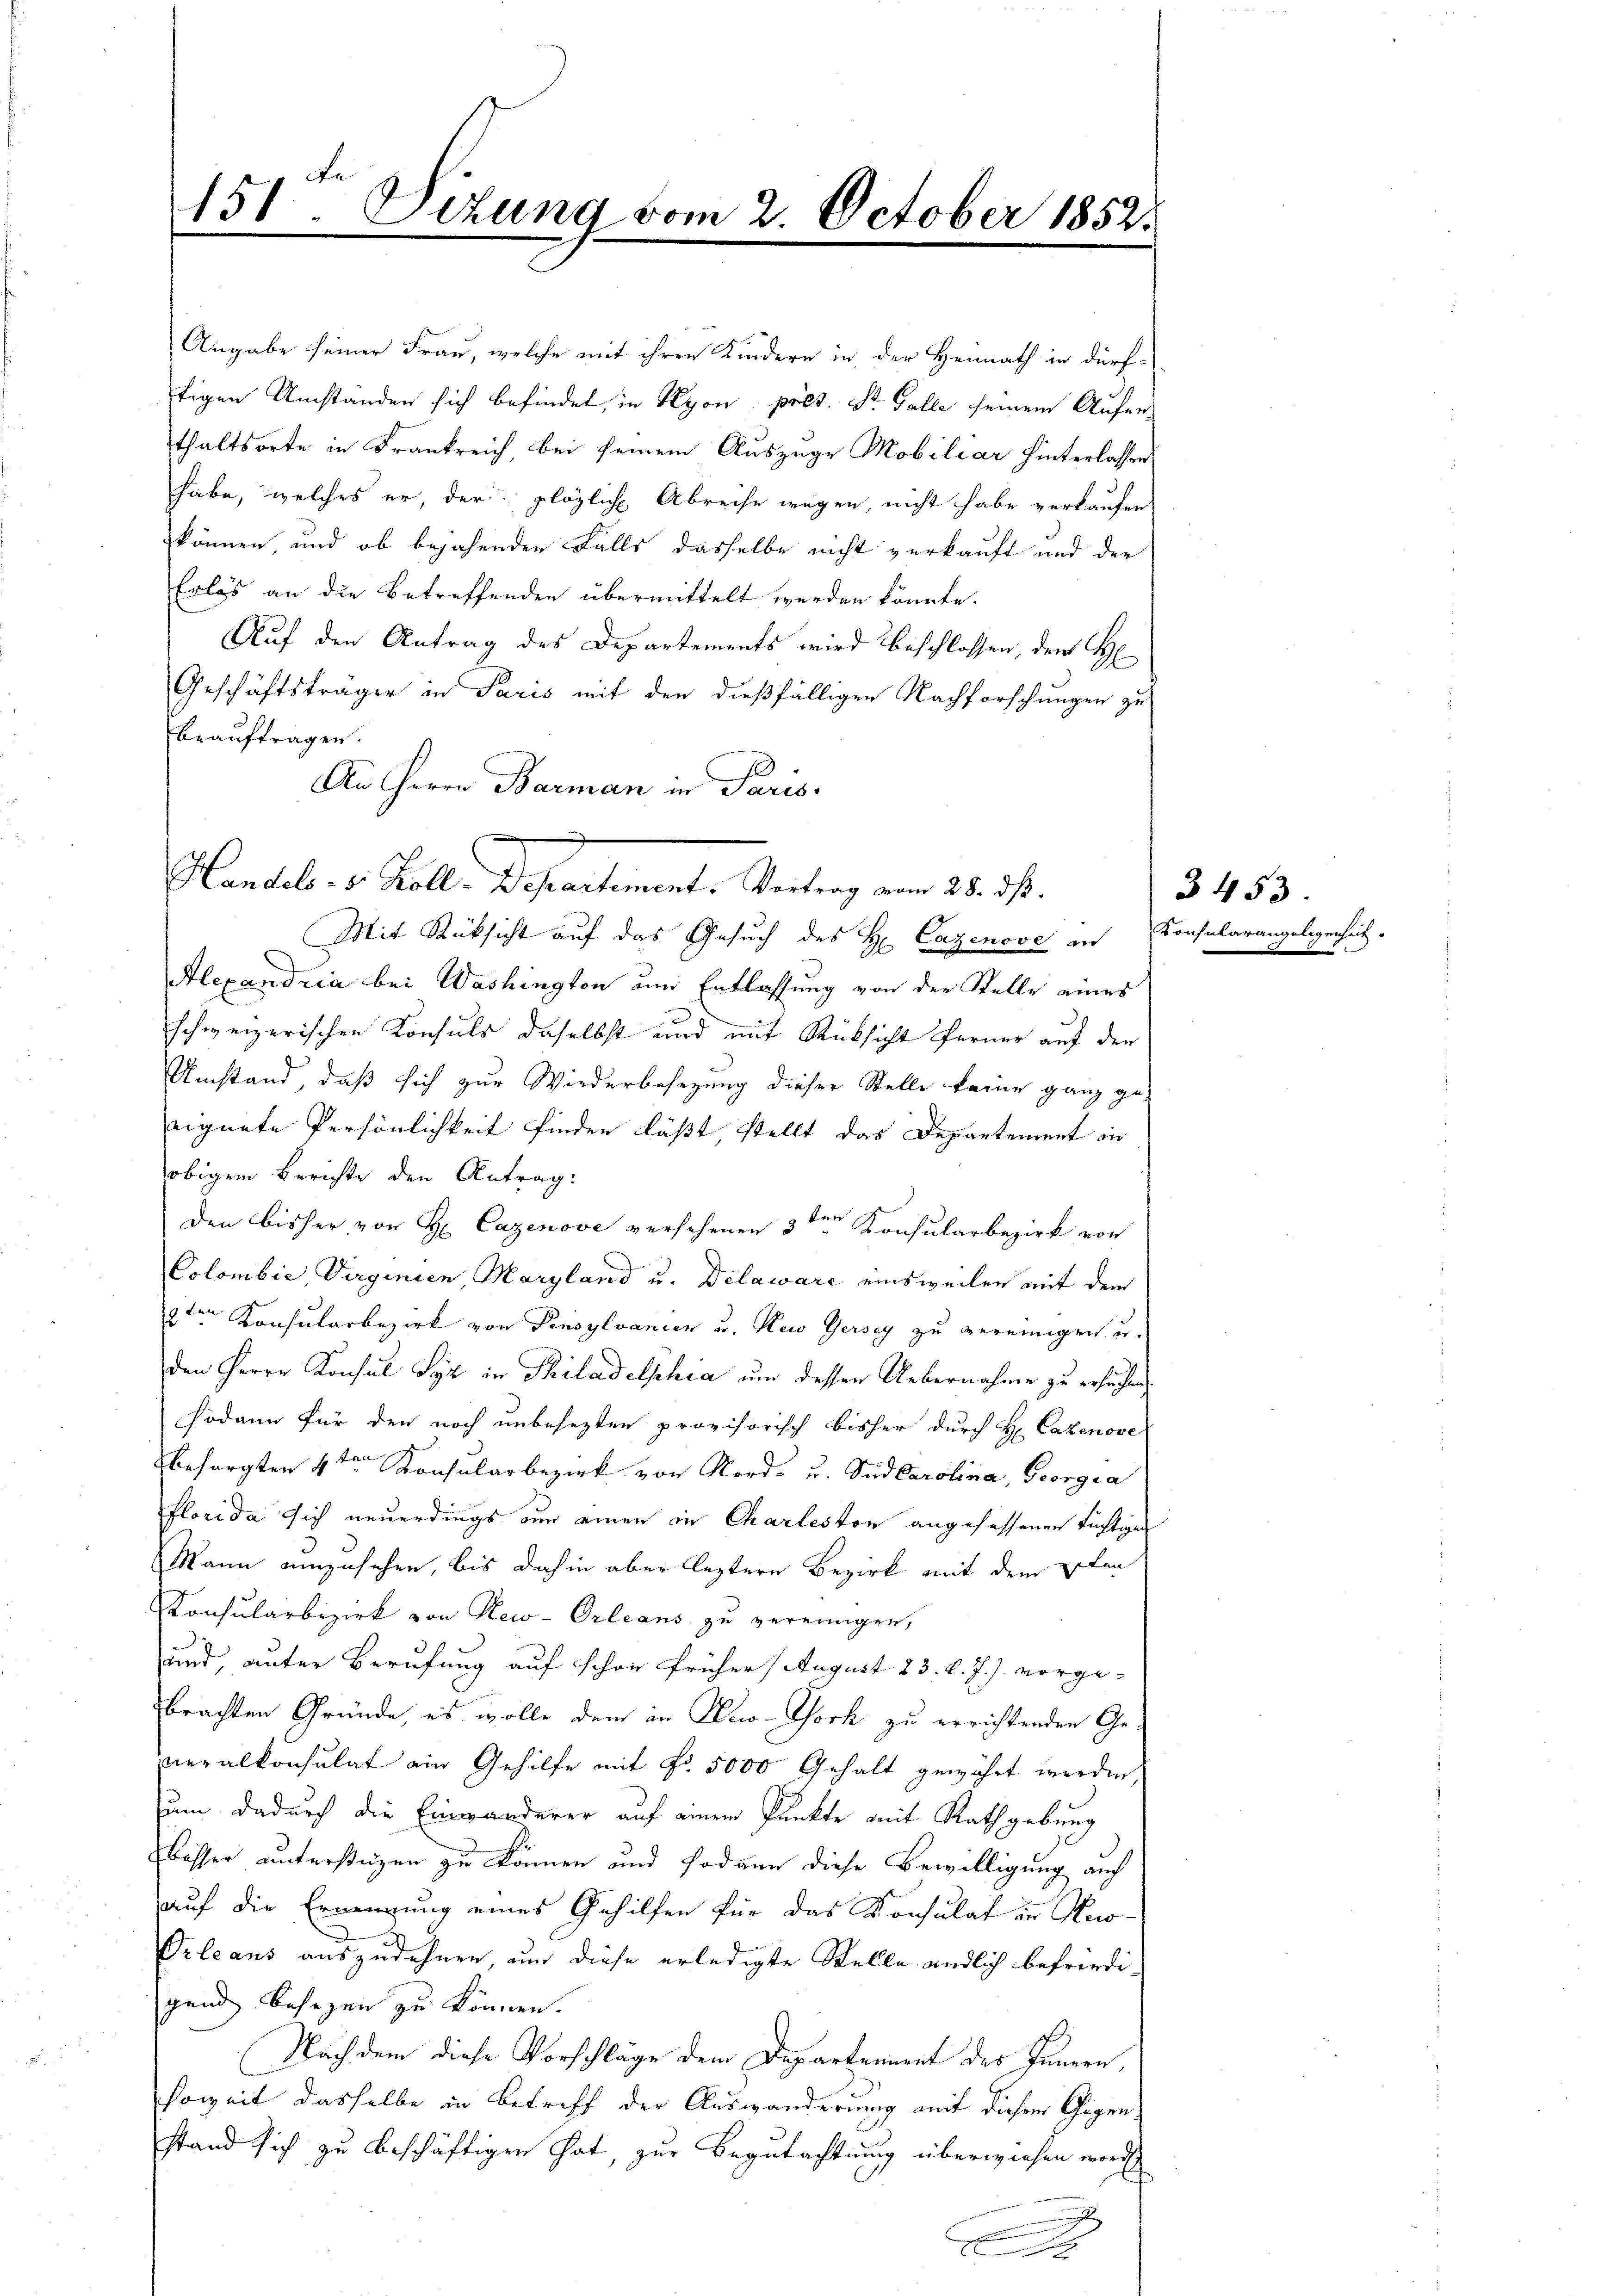
151. Sitzung vom 2. October 1852.

habe, welches er, der plötzliche Abreise wegen, nicht habe verkaufen
können und ob bejahenden Falls dasselbe nicht verkauft und der
Erlös an die betreffenden übermittelt werden könnte.
Auf den Antrag des Departements wird beschlossen, den H
Geschäftsträger in Paris mit den dießfälligen Nachforschungen zu
beauftragen.
An Herrn Barman in Paris

Handel v. Kolle. Departemente Vertrag vom 28. ds.

Angabe seiner Frau, welche mit ihren Kindern in der Heimath in dürf-
tigen Umstanden sich befindet, in Lyon pres. St. Galle seinem Auferthaltsorte in Frankreich, bei seinem Auszuge Mobiliar hinterlassen

Mit Rücksicht auf das Gesuch des H. Cazenove in Consularangelegensich
Alexandria bei Washington um Entlassung von der Stelle eines
schweizerischen Konsuls daselbst und mit Rücksicht ferner auf den
Umstand, daß sich zur Wiederbesezung dieser Stelle keine ganz geeignete Persönlichkeit finden lässt, stellt das Departement in
obigem Berichte den Antrag:
Den bisher von H. Cazenove versehenen 3ten Konsularbezirk von
Colombie, Virginien, Maryland u. Delaware einsweilen mit dem
8ten Konsularbezirk von Pensylvanien u. Nei Gersey zu vereinigen u.
den Herrn Konsul Syz in Philadelphia um dessen Uebernahme zu ersuchen,
sodann für den noch unbesezten provisorisch bisher durch H. Cazenove
besorgten 4t
 Konsularbezirk von Nord- u. Sud Carolina, Georgia
Florida sich neuerdings nun einen in Charleston angefassenen tüchtigen
Mann einzusehen, bis dahin aber leztere Bezirk mit dem Stan
Konsularbezirk von New-Orleans zu vereinigen,
und, unter Berufung auf schon früher August 23. d. J. J. vorgebrachten Gründe, es wolle dem in New-York zu errichtenden Generalkonsulat ein Gehilfe mit Fr. 5000 Gehalt gewährt werden,
zum dadurch die Einwanderer auf einem Punkte mit Rath gebung
bösser unterstüzen zu können und sodann diese Bewilligung auch
auf die Ernengung eines Gehilfen für das Konsulat in Aus-
Orleans auszudehnen, um diese erledigte Stelle endlich befriedi-
gend besezen zu können.
Nach dem diese Vorschlage dem Departement des Innern,
soweit dasselbe in Betreff der Auswanderung mit diesem Gegenstand sich zu beschäftigen hat, zur Begutachtung überwiesen worde
xx
.

3453.